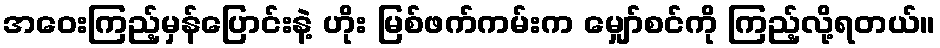
အဝေးကြည့်မှန်ပြောင်းနဲ့ ဟိုး မြစ်ဖက်ကမ်းက မျှော်စင်ကို ကြည့်လို့ရတယ်။